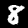
Digit: 8